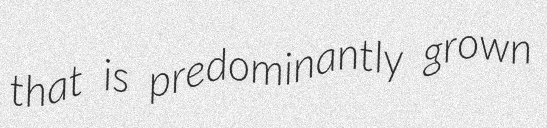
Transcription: that is predominantly grown